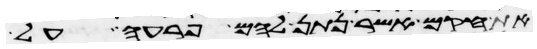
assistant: את חקם אשר נתן להם פרעה על